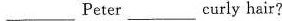
___ Peter ___ curly hair?